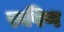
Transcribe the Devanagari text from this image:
रुपिण